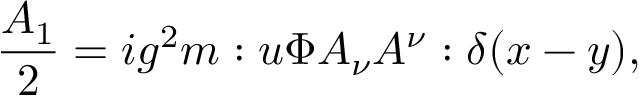
\frac { A _ { 1 } } { 2 } = i g ^ { 2 } m : u \Phi A _ { \nu } A ^ { \nu } : \delta ( x - y ) ,